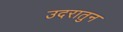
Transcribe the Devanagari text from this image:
उदरातुन